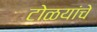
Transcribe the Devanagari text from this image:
टोळयांचे